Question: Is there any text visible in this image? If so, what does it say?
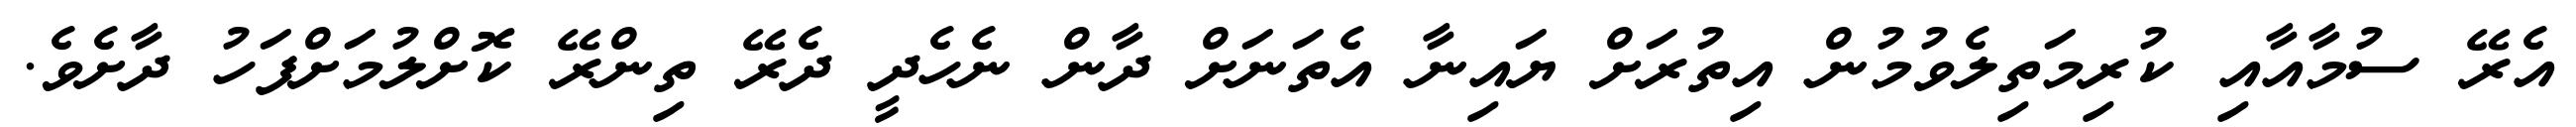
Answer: އެރޭ ސުމާއާއި ކުރިމަތިލެވުމުން އިތުރަށް ޔައިނާ އެތަނަށް ދާން ނެހެދީ ދެރޭ ތިންރޭ ކޮށްލުމަށްފަހު ދާށެވެ.